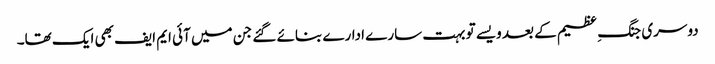
دوسری جنگ ِ عظیم کے بعد ویسے تو بہت سارے ادارے بنائے گئے جن میں آئی ایم ایف بھی ایک تھا۔